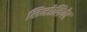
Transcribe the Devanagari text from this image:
लिनोलियेट